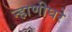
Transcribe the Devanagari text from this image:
न्हाणीघरे